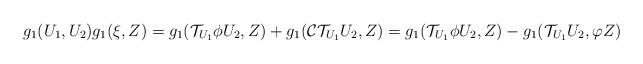
LaTeX: \begin{align*}g_{1}(U_1,U_2)g_{1}(\xi,Z)=g_1(\mathcal{T}_{U_1}\phi U_2,Z)+g_{1}(\mathcal{C}\mathcal{T}_{U_1}U_2,Z)=g_1(\mathcal{T}_{U_1}\phi U_2,Z)-g_{1}(\mathcal{T}_{U_1}U_2,\varphi Z)\end{align*}